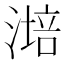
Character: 𣼯